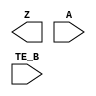
/**
 * Copyright 2020 The SkyWater PDK Authors
 *
 * Licensed under the Apache License, Version 2.0 (the "License");
 * you may not use this file except in compliance with the License.
 * You may obtain a copy of the License at
 *
 *     https://www.apache.org/licenses/LICENSE-2.0
 *
 * Unless required by applicable law or agreed to in writing, software
 * distributed under the License is distributed on an "AS IS" BASIS,
 * WITHOUT WARRANTIES OR CONDITIONS OF ANY KIND, either express or implied.
 * See the License for the specific language governing permissions and
 * limitations under the License.
 *
 * SPDX-License-Identifier: Apache-2.0
 */

`ifndef SKY130_FD_SC_HDLL__EINVN_BLACKBOX_V
`define SKY130_FD_SC_HDLL__EINVN_BLACKBOX_V

/**
 * einvn: Tri-state inverter, negative enable.
 *
 * Verilog stub definition (black box without power pins).
 *
 * WARNING: This file is autogenerated, do not modify directly!
 */

`timescale 1ns / 1ps
`default_nettype none

(* blackbox *)
module sky130_fd_sc_hdll__einvn (
    Z   ,
    A   ,
    TE_B
);

    output Z   ;
    input  A   ;
    input  TE_B;

    // Voltage supply signals
    supply1 VPWR;
    supply0 VGND;
    supply1 VPB ;
    supply0 VNB ;

endmodule

`default_nettype wire
`endif  // SKY130_FD_SC_HDLL__EINVN_BLACKBOX_V